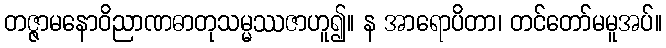
တဇ္ဇာမနောဝိညာဏဓာတုသမ္မဿဇာဟူ၍။ န အာရောပိတာ၊ တင်တော်မမူအပ်။